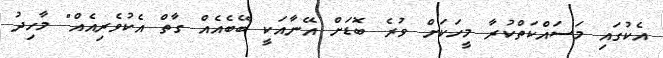
އެކުގައި މަސައްކަތްކުރާ މީހަކަށް ވުރެ ބޮޑަށް އޭނާއަކީ ބޭބެއެއް ގާތް އެކުވެރިއެއް" މާހިދު